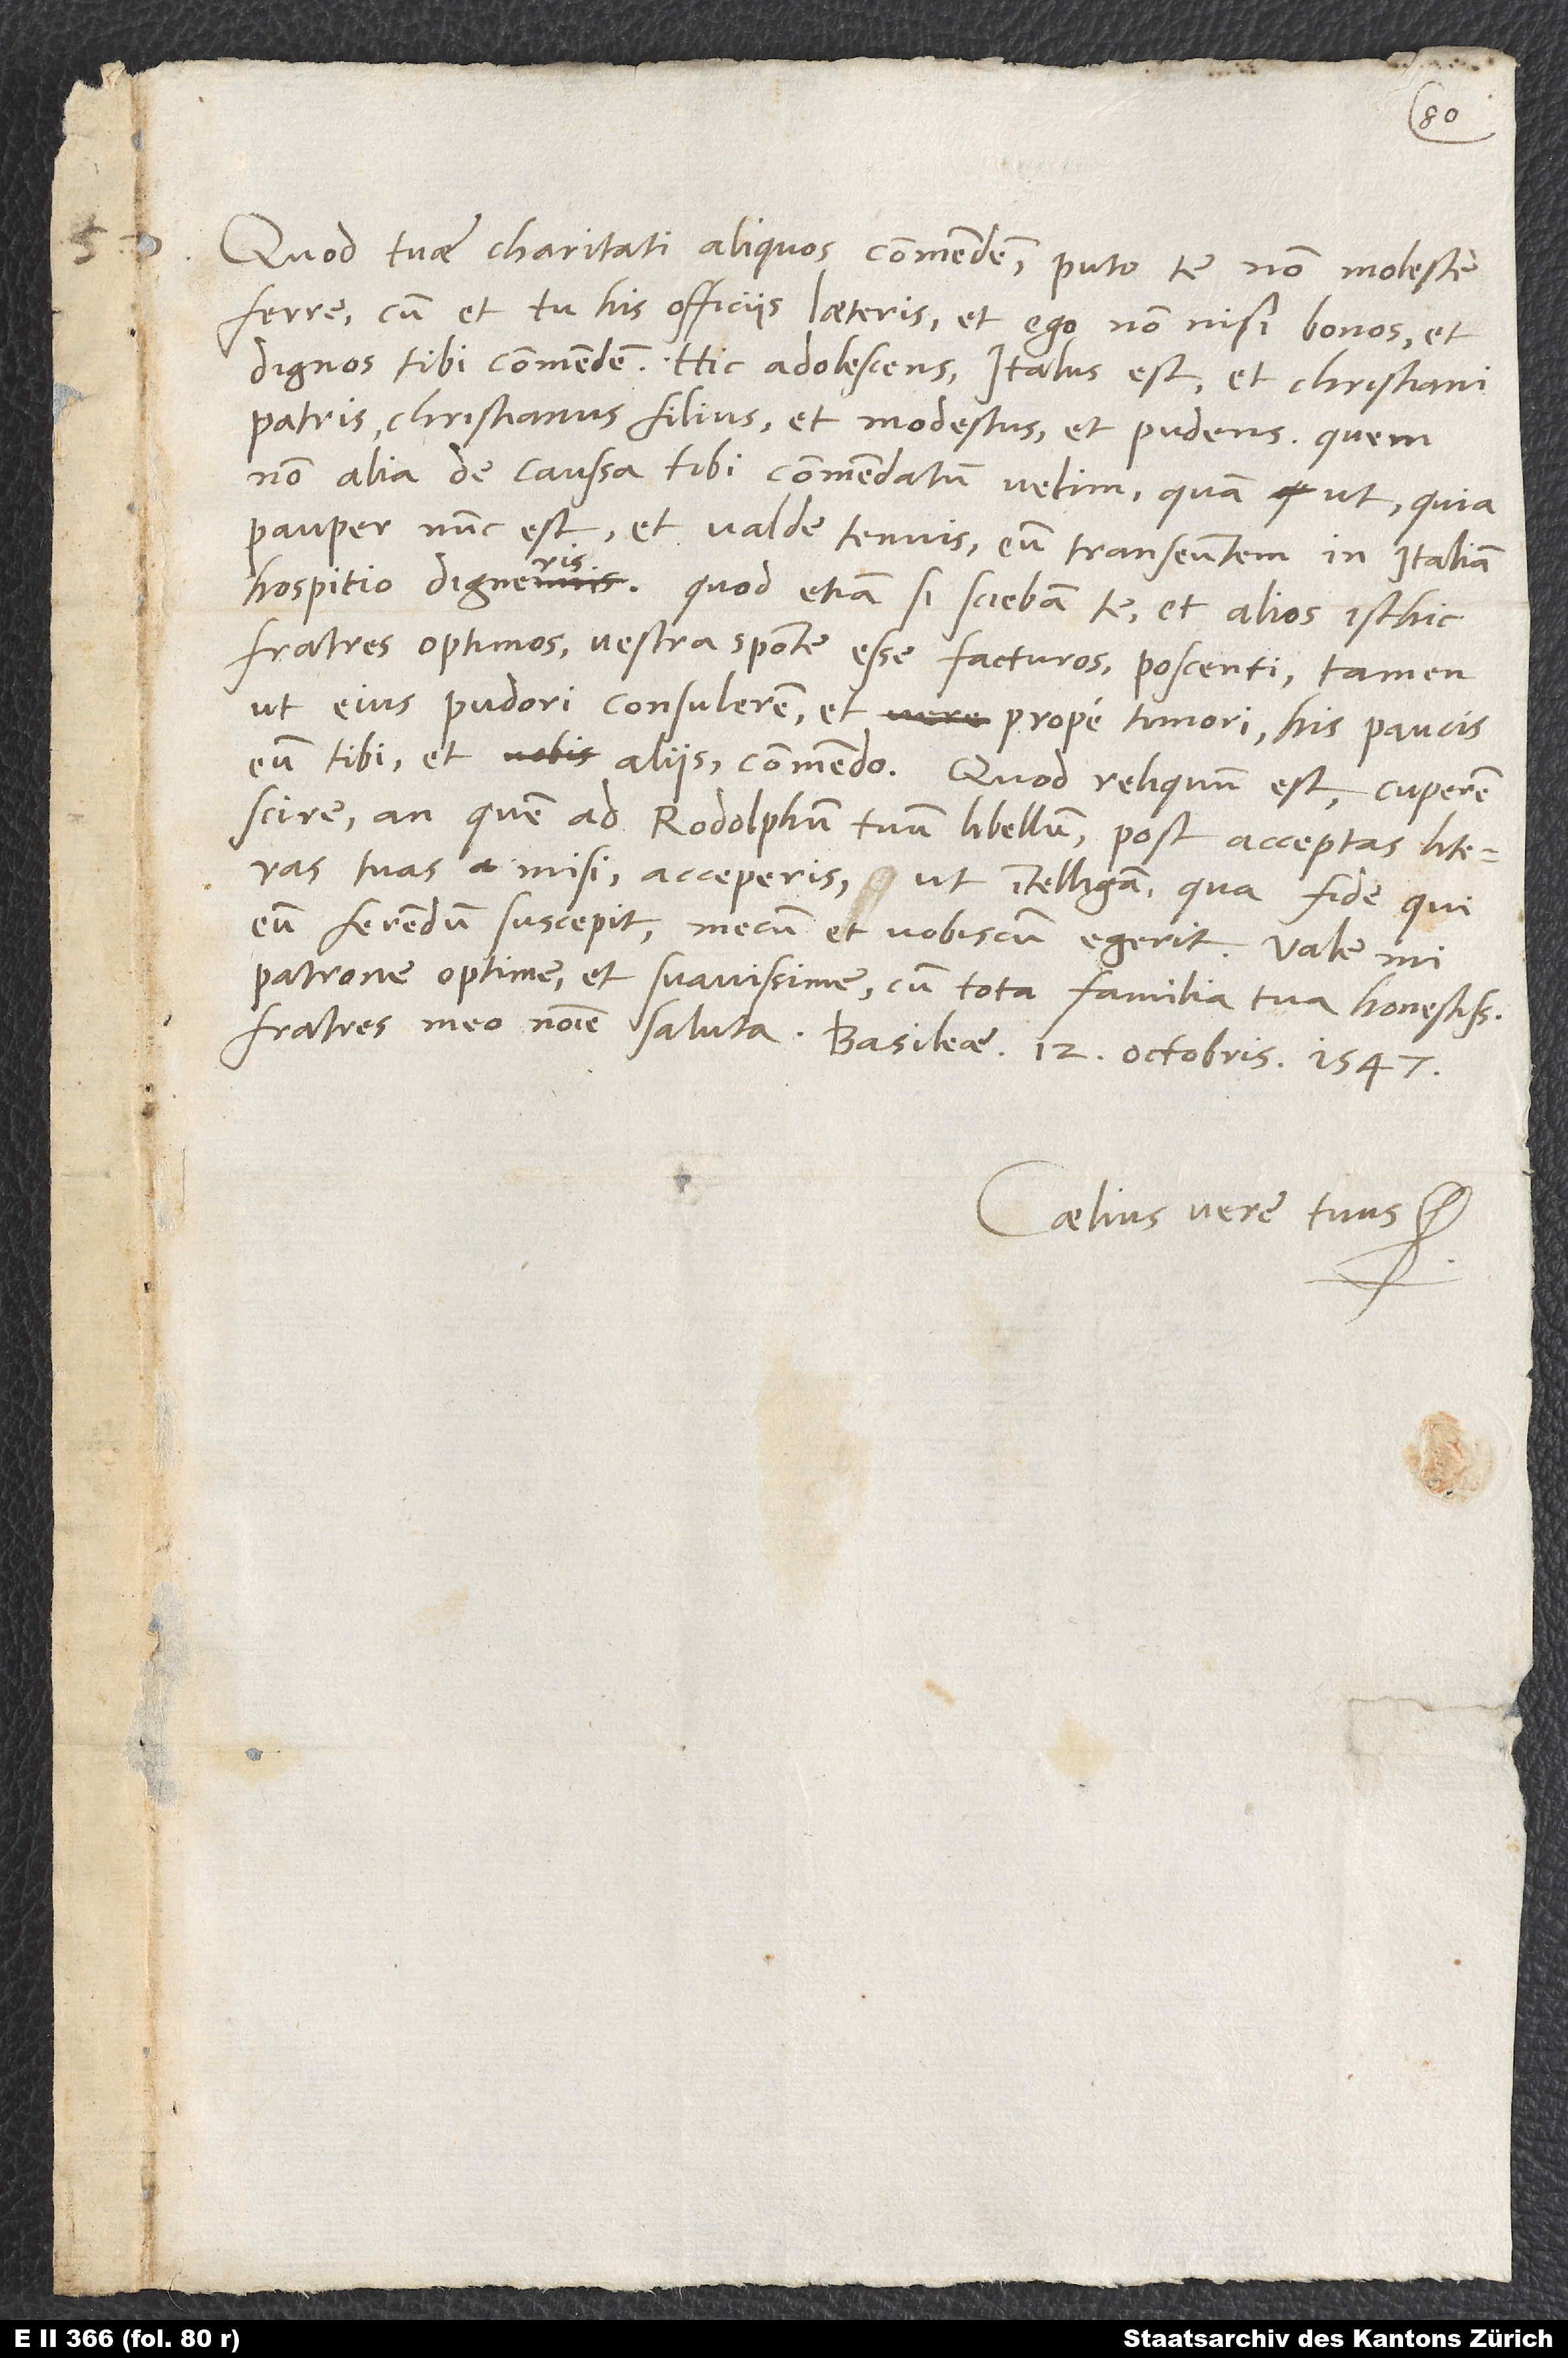
Quod tuae charitati aliquos commendem, puto te non moleste
ferre, cum et tu his officiis laeteris, et ego nonnisi bonos et
dignos tibi commendem. Hic adolescens Italus est, et christiani
patris christianus filius, et modestus et pudens, quem
non alia de caussa tibi commendatum velim, quam ut, quia
pauper nunc est et valde tenuis, eum transeuntem in Italiam
hospitio digneris; quod etiamsi sciebam te et alios isthic
fratres optimos vestra sponte esse facturos, poscenti tamen,
ut eius pudori consulerem, et prope timori, his paucis
eum tibi et aliis commendo. Quod reliquum est, cuperem
scire, an, quem ad Rodolphum tuum libellum post acceptas literas
tuas misi, acceperis, ut intelligam, qua fide, qui
eum ferendum suscepit, mecum et vobiscum egerit. Vale, mi
patrone optime et suavissime, cum tota familia tua honestissima.
Fratres meo nomine saluta. Basileae, 12. octobris 1547.
Caelius vere tuus.